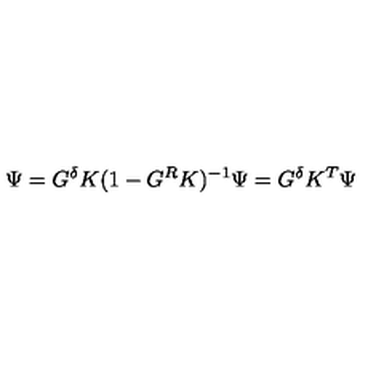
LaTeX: \Psi = G ^ { \delta } K ( 1 - G ^ { R } K ) ^ { - 1 } \Psi = G ^ { \delta } K ^ { T } \Psi